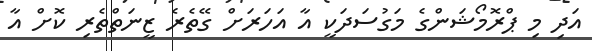
އަދި މި ޕްރޮމޯޝަންގެ މަގުސަދަކީ އާ އަހަރަށް ގޭތެރެ ޒީނަތްތެރި ކޮށް އާ